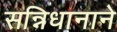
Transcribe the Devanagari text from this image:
सन्निधानाने